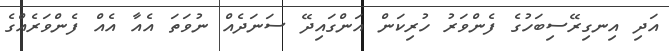
އަދި އިނގިރޭސިބަހުގެ ފެންވަރު ހުރިކަން އަންގައިދޭ ސަނަދެއް ނުވަތަ އެއާ އެއް ފެންވަރެއްގެ